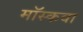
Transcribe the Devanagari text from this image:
मॉस्कवा